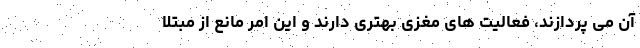
آن می پردازند، فعالیت های مغزی بهتری دارند و این امر مانع از مبتلا